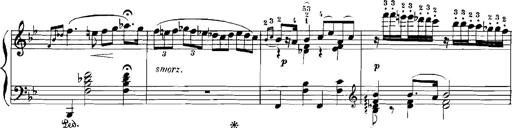
Title: Rhapsodies hongroises
Composer: Franz Liszt